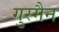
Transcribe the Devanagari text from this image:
गुस्मैन